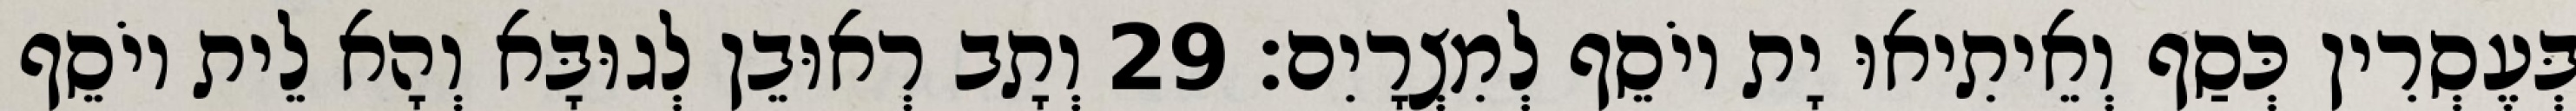
בְּעֶסְרִין כְּסַף וְאֵיתִיאוּ יָת יוֹסֵף לְמִצְרָיִם׃ 29 וְתָב רְאוּבֵן לְגוּבָּא וְהָא לֵית יוֹסֵף